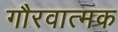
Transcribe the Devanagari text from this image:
गौरवात्मक